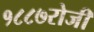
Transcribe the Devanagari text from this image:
१८८७रोजी